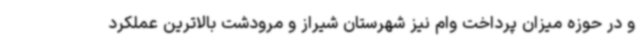
و در حوزه میزان پرداخت وام نیز شهرستان شیراز و مرودشت بالاترین عملکرد